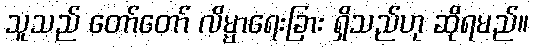
သူသည် တော်တော် လိမ္မာရေးခြား ရှိသည်ဟု ဆိုရမည်။